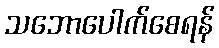
သဘောပေါက်စေရန်